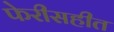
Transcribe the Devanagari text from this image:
फेरीसहीत